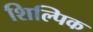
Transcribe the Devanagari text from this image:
शिल्पिक